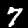
Label: 7